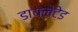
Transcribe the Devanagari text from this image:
डायलेटेड